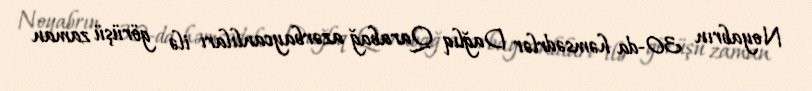
Noyabrın 30-da həmsədrlər Dağlıq Qarabağ azərbaycanlıları ilə görüşü zaman